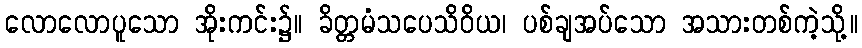
လောလောပူသော အိုးကင်း၌။ ခိတ္တမံသပေသိဝိယ၊ ပစ်ချအပ်သော အသားတစ်ကဲ့သို့။